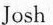
Josh